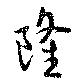
隆